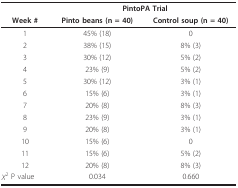
|  | <COLSPAN=2> PintoPA Trial |
 | Week # | Pinto beans (n = 40) | Control soup (n = 40) |
 | --- | --- | --- |
 | 1 | 45% (18) | 0 |
 | 2 | 38% (15) | 8% (3) |
 | 3 | 30% (12) | 5% (2) |
 | 4 | 23% (9) | 5% (2) |
 | 5 | 30% (12) | 3% (1) |
 | 6 | 15% (6) | 3% (1) |
 | 7 | 20% (8) | 8% (3) |
 | 8 | 23% (9) | 3% (1) |
 | 9 | 20% (8) | 3% (1) |
 | 10 | 15% (6) | 0 |
 | 11 | 15% (6) | 5% (2) |
 | 12 | 20% (8) | 8% (3) |
 | X2 P value | 0.034 | 0.660 |